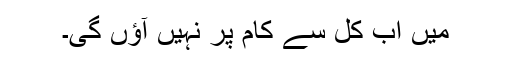
میں اب کل سے کام پر نہیں آؤں گی۔